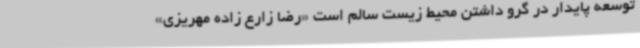
توسعه پایدار در گرو داشتن محیط زیست سالم است «رضا زارع زاده مهریزی»